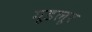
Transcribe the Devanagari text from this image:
गूडलूर